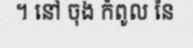
។ នៅ ចុង កំពូល នៃ